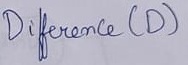
Text: Difference (D)